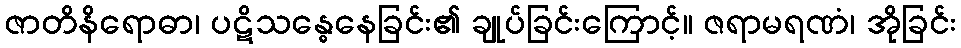
ဇာတိနိရောဓာ၊ ပဋိသန္ဓေနေခြင်း၏ ချုပ်ခြင်းကြောင့်။ ဇရာမရဏံ၊ အိုခြင်း